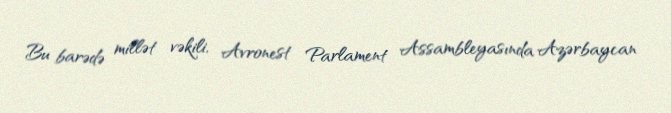
Bu barədə millət vəkili, Avronest Parlament Assambleyasında Azərbaycan